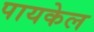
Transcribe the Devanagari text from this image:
पायकेल